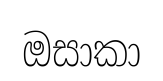
ඔසාකා